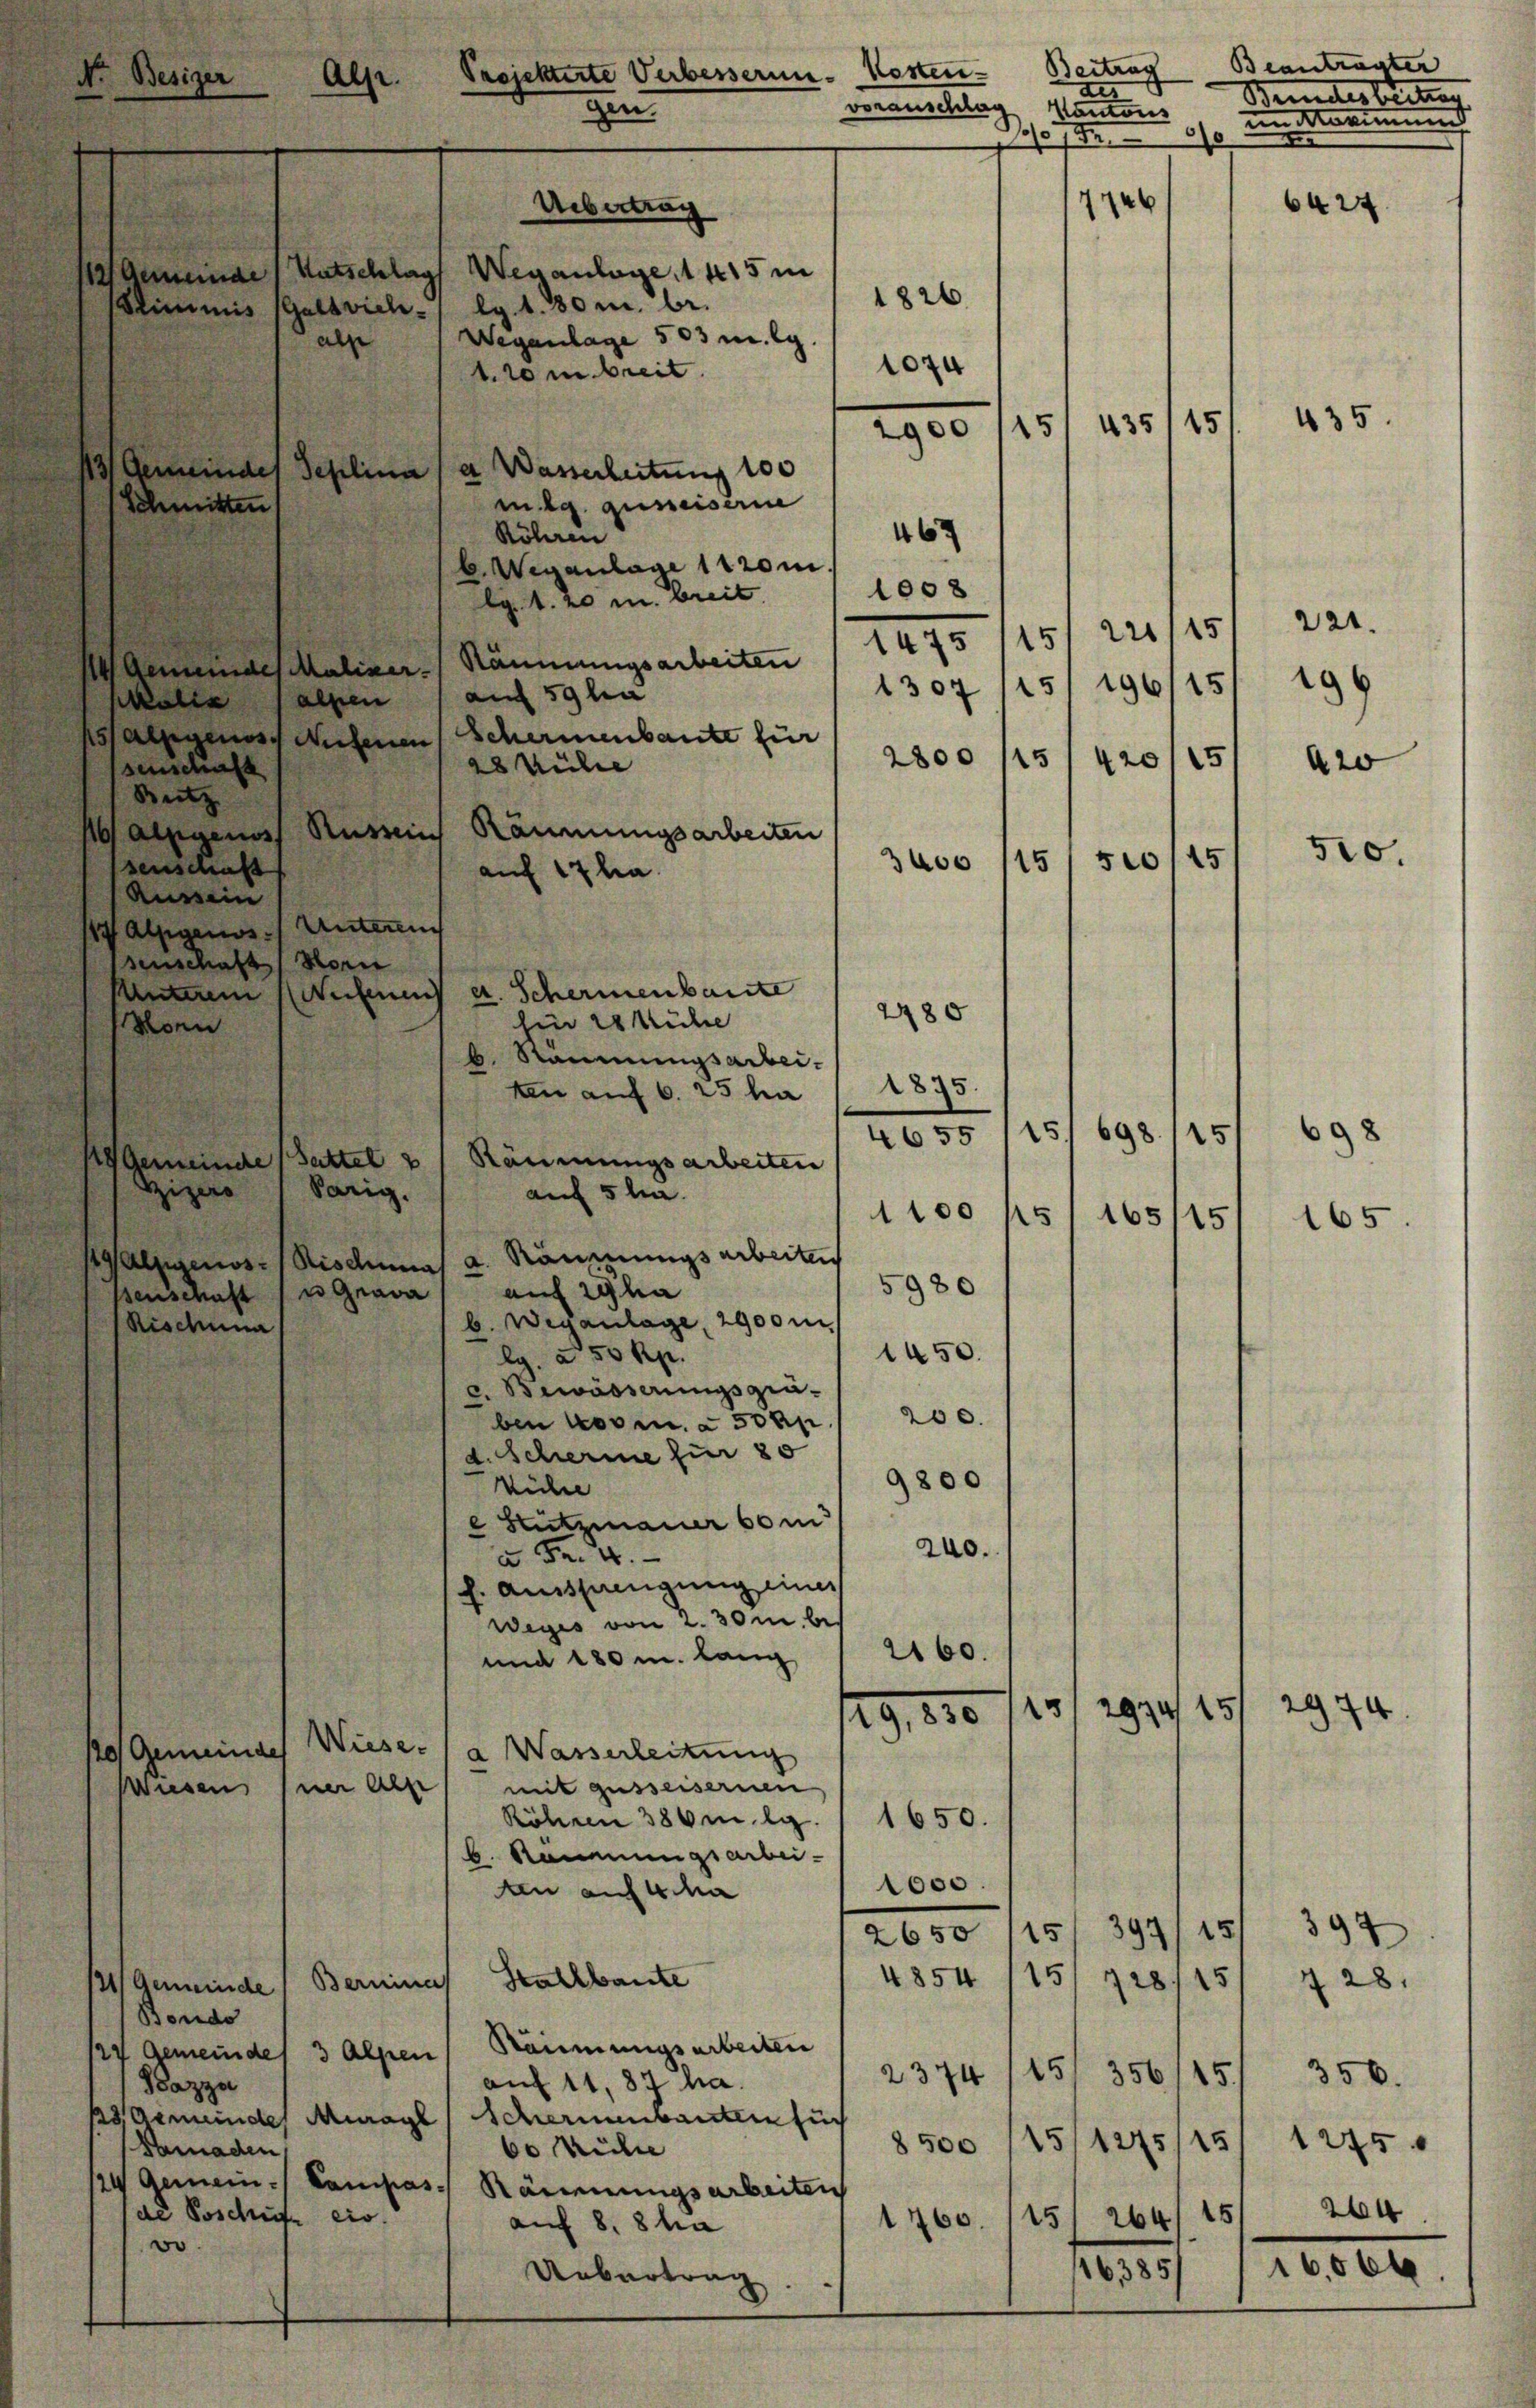
Schmitten
b. Weganlage 1120 i
1008
lg. 1. 20 m breit
1 Gemeindes Maliker Räumungsarbeiten
auf 59 ha
kalis alten
 elegenes Wesenen Schermenbaute für
2800
28 Führe
senschaft
Butz
16) Abgegen Nüren Räumungsarbeiten
3600
senschaft
auf 17 ha
Ausein
17 Alpgenos. Unterem
senschaft Horn
Annum Aufenen a. Schermenbaute
2280
hin 28 Kühe
Monn
b. Räumungsarbeiten auf 6. 25 ha
19 Gemeinde (Sattel 21 Räumungsarbeiten
eizero
Sarig.
auf 5 la
Malzgenos-Risdumas a. Räumungsarbeiten
5980
auf Scha
senschaft) u. Grava
b. Weganlage, 2900 m
Rischena
1450.
lg. a 50 Rp.
c. Bewässerungsgrü-
ben vorm. à 50 Rp. 1200.
d. Scherme für 80
9800
kühre
 Stutzmauer 60 m
240.
u Fr. 4.
f. Ausspannigung eines
Weges von 2. 30m be¬
2160.
und 180 m. lang
2974/15
29,850/25
120 Gemeindes Wieser (a. Wasserleitung
mit gussersernen
wiesen hier als
1650.
Röhren 386 mlg.
Nammnungsarbei¬
1000.
ten auf 4 Ma
2650/15/ 397/15
4854 115/728,15
Stallbaute
4) Gemeinde Bernina
sonde
27 Gemeindes 3 Alpen Räumungsarbeiten
15
356/15.)
2374
auf 11,83 ha.
Bazza
23. Gemeindes Murage (Schernenbauten such
8500 (15/1275/11 1275
Samaden
60 Kühe
24 Gemein - Campas- Räumungsarbeiten
de Poschütte civ.
15
264
1760.
auf 8. 8 ta
vo.
163851
Uebertrag

Projektirte Verbesserun-Kosten-
Als.
vorauschlag
gen.
Uebertrag
12 Seminar (Katschlags Weganlage, 1 415 i
1826.
Stimmis (Galtvieh- lg. 1. 380 m br.
Weganlage 503 m. g.
als
1074
1.20 m breit
435/15
15
900
1 Gemeindet Seplina (a. Wasserbeitung 100
mig ausreiserne
Röhren
467

1875.
4655

1307

Beitrag
der
Kantons
s um animung
10
d
7746
6424.

15
25
15

435.

1475 (151 220/151 221.
196/15/196
5
420
420
510.
500/15

98
15.
698. 115
4100 ps/165/15
165.

974

397
Z 28.
356.
264
15
16,000

Beantragter |
Beiderleitung